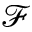
\mathcal F